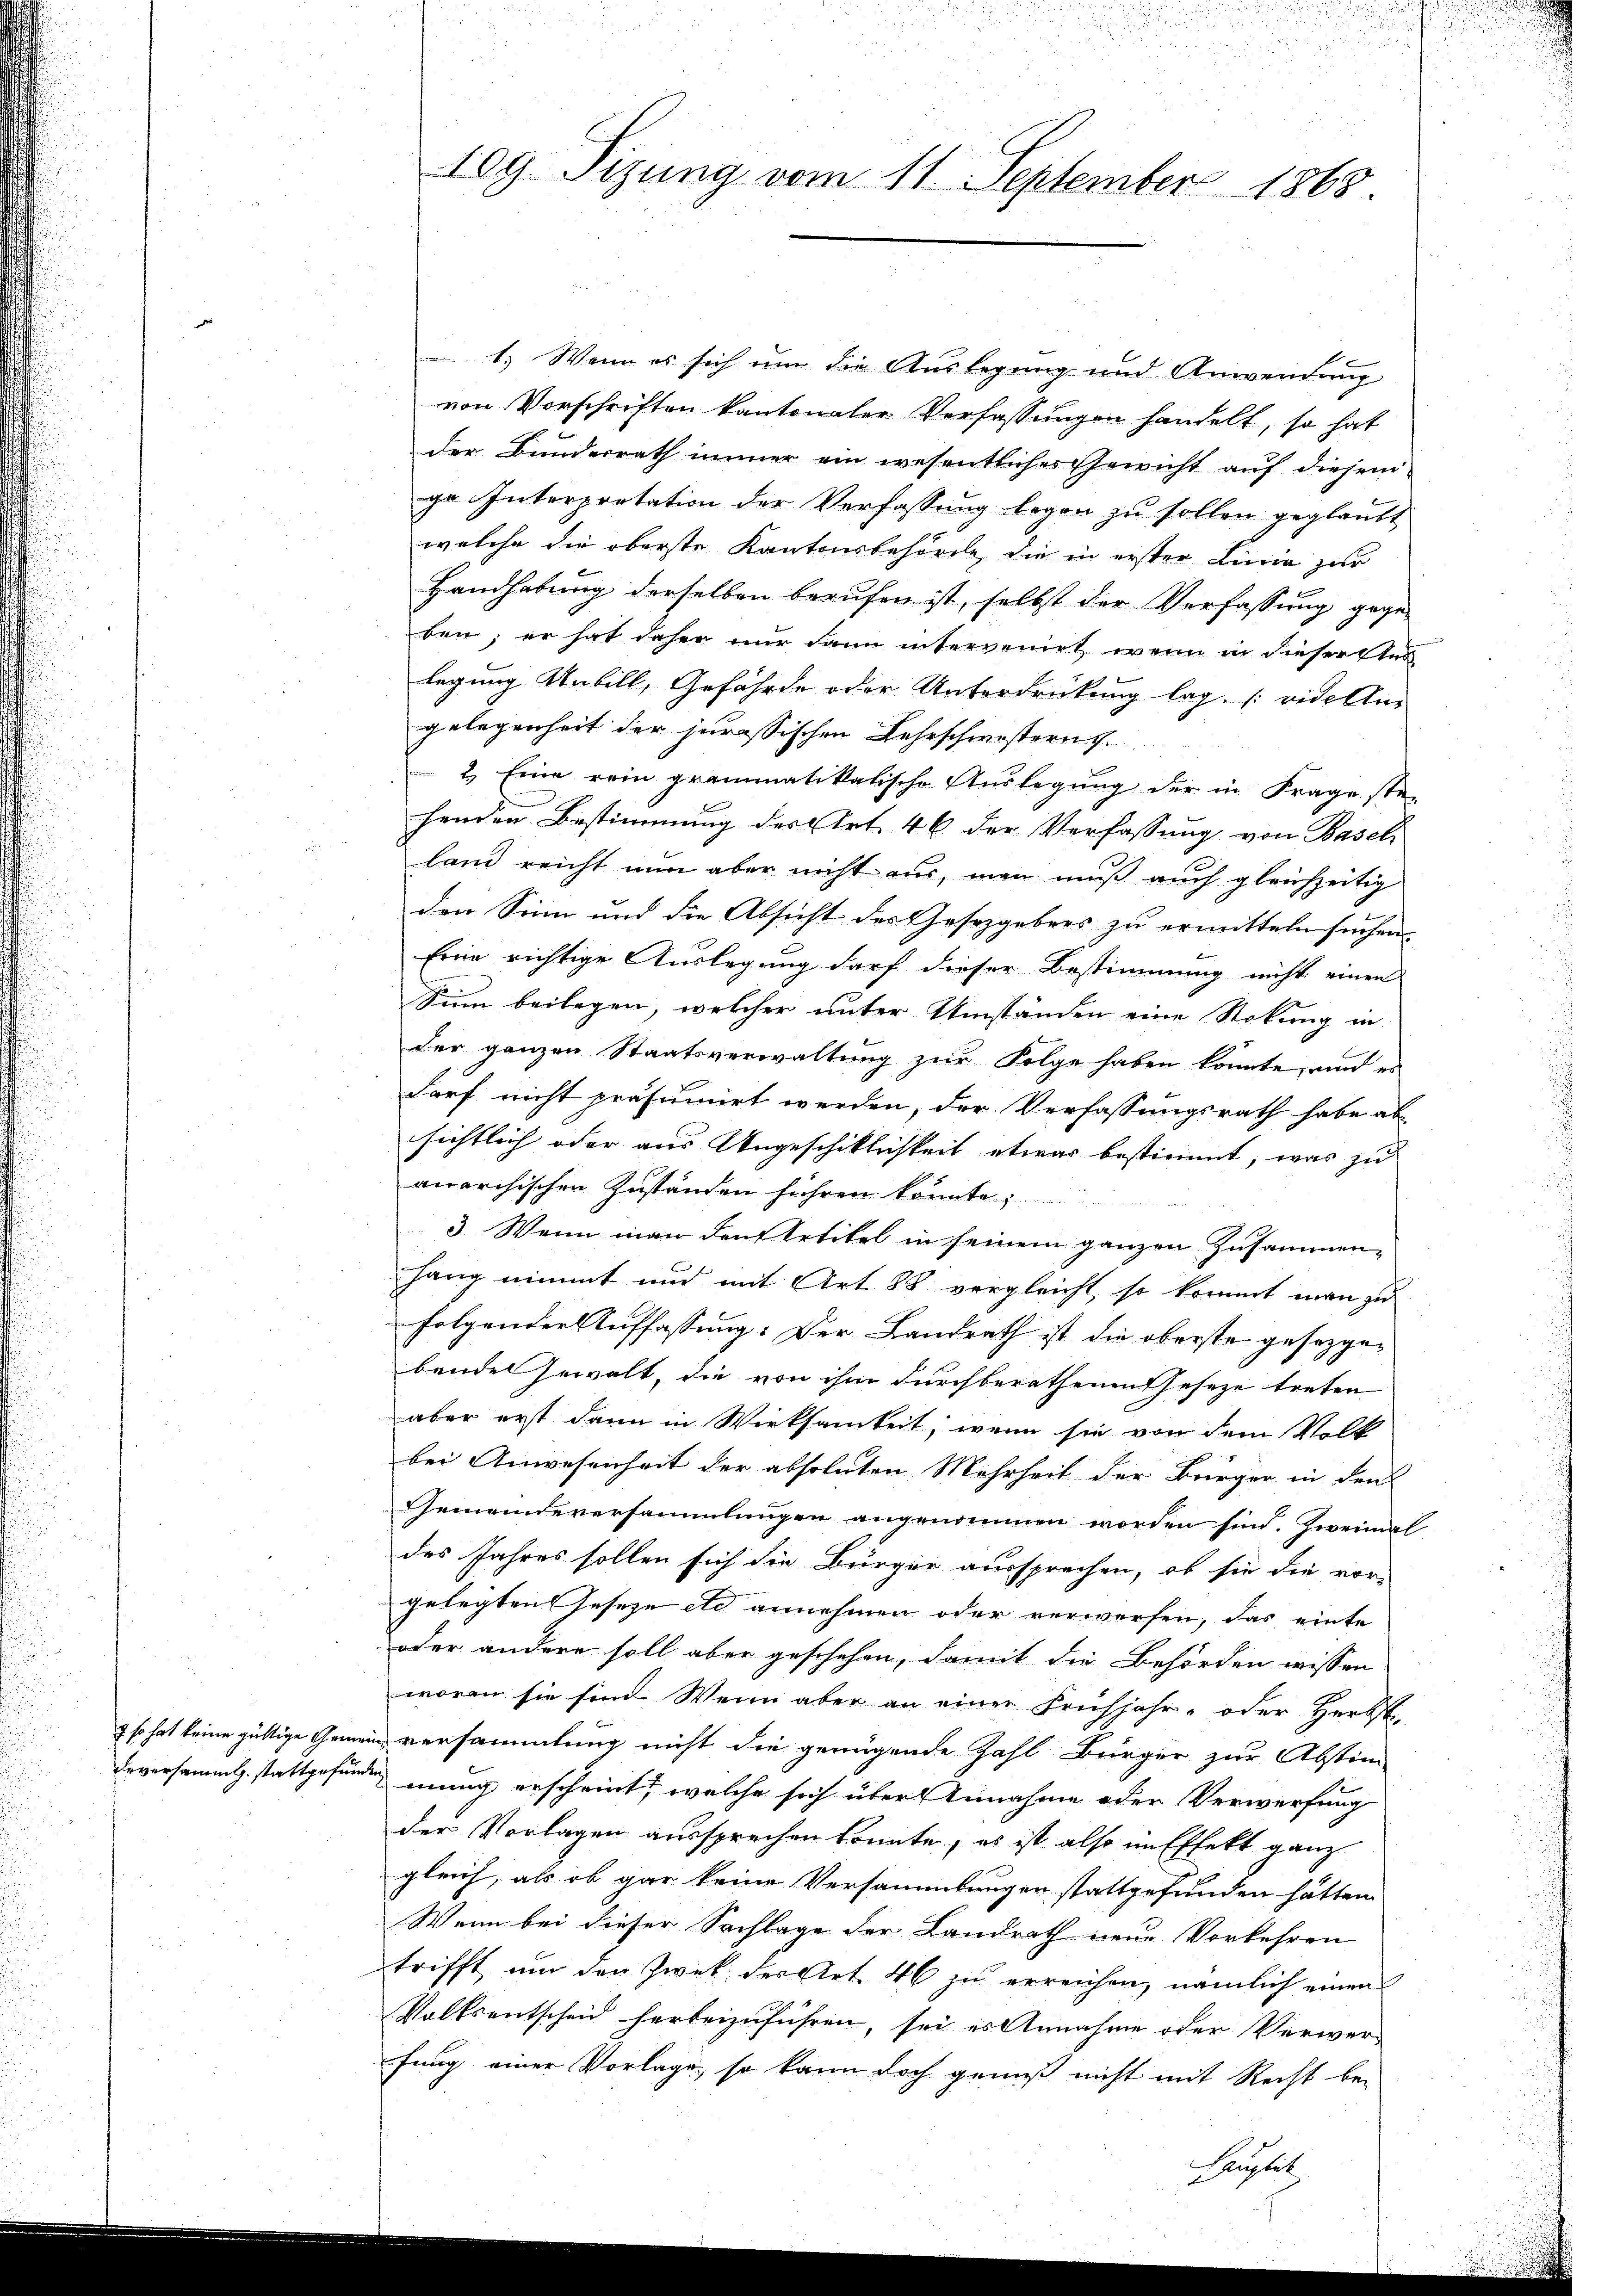
so hat keine gültige Geme
Eeversammlg. stattgefun¬

10g Tizung vom 11. September 1868.

1.) Wenn es sich um die Auslegung und Anwendung
von Vorschriften kantonaler Verfassungen handelt, so hat
der Bunderrath immer ein wesentliches Gewicht auf diesem
ge Interpretation der Verfassung legen zu sollen geglaubt
welche die oberste Kantonsbehörde, die in erster Linie zur
Handhabung derselben berufen ist, selbst der Verfassung gegen
ben; er hat daher nur dann intervenirt wenn in dieserster
legung Unbill, Gefährde oder Unterdrückung lag. [vide Aus
gelegenheit der jurassischen Lehrschwesternt.
2.) Eine rein grammatikalische Auslegung der in Frage ste-
henden Bestimmung des Art. 46 der Verfassung von Baselland reicht nun aber nicht aus, man muß auch gleichzeitig
den Sinn und die Absicht des Gesetzgebens zu ermitteln suchen. |
Eine richtige Auslegung darf dieser Bestimmung nicht einen
Sum beilegen, welcher unter Umständen eine Stokung in
der ganzen Staatsverwaltung zur Folge haben konnte, und es
darf nicht präsuinirt werden, der Verfassungsrath habe ab
sichtlich oder aus Ungeschiklichkeit etwas bestimmt, was zu
anarchischen Zuständen führen könnte;
3. Wenn man den Artikel in seinem ganzen Zusammen-
hang nimmt und mit Art. 88 vergleicht, so kommt man zu
folgender Auffassung: Der Landrath ist die oberste gesetzgebende Gewalt, die von ihm durchberathenen Geseze treten
aber erst dann in Wirksamkeit, wenn sie von dem Volk
bei Anwesenheit der absoluten Mehrheit der Bürger in den
Gemeindeversammlungen angenommen worden sind. Zweimal
des Jahres sollen sich die Bürger aussprechen, ob sie die vor-
gelegten Jeseze etc annehmen oder verwerfen, das einte
oder andere soll aber geschehen, damit die Behörden wissen
woran sie sind. Wenn aber an einer Frühjahr- oder Herbs-
ein versammlung nicht die genügende Zahl Bürger zur Abstim-
mung erscheint, welche sich über Annahme oder Verwerfung
der Vorlagen aussprechen könnte, es ist also in Effekt ganz
gleich, als ob gar keine Versammlungen stattgefunden hätten.
Wenn bei dieser Sachlage der Landrath neue Vorkehren
trifft, um den Zwek der Art. 46 zu erreichen, nämlich einen
Volksentscheid herbeizuführen, sei es Annahme oder Verwerfung einer Vorlage, so kann doch genuß nicht mit Recht be-
Kustel